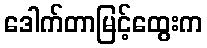
ဒေါက်တာမြင့်ထွေးက